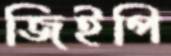
জিইপি